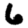
Digit: 6